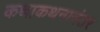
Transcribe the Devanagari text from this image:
कथाकथनानंतर